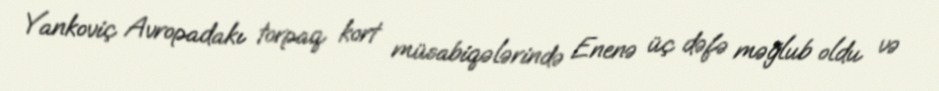
Yankoviç Avropadakı torpaq kort müsabiqələrində Enenə üç dəfə məğlub oldu və